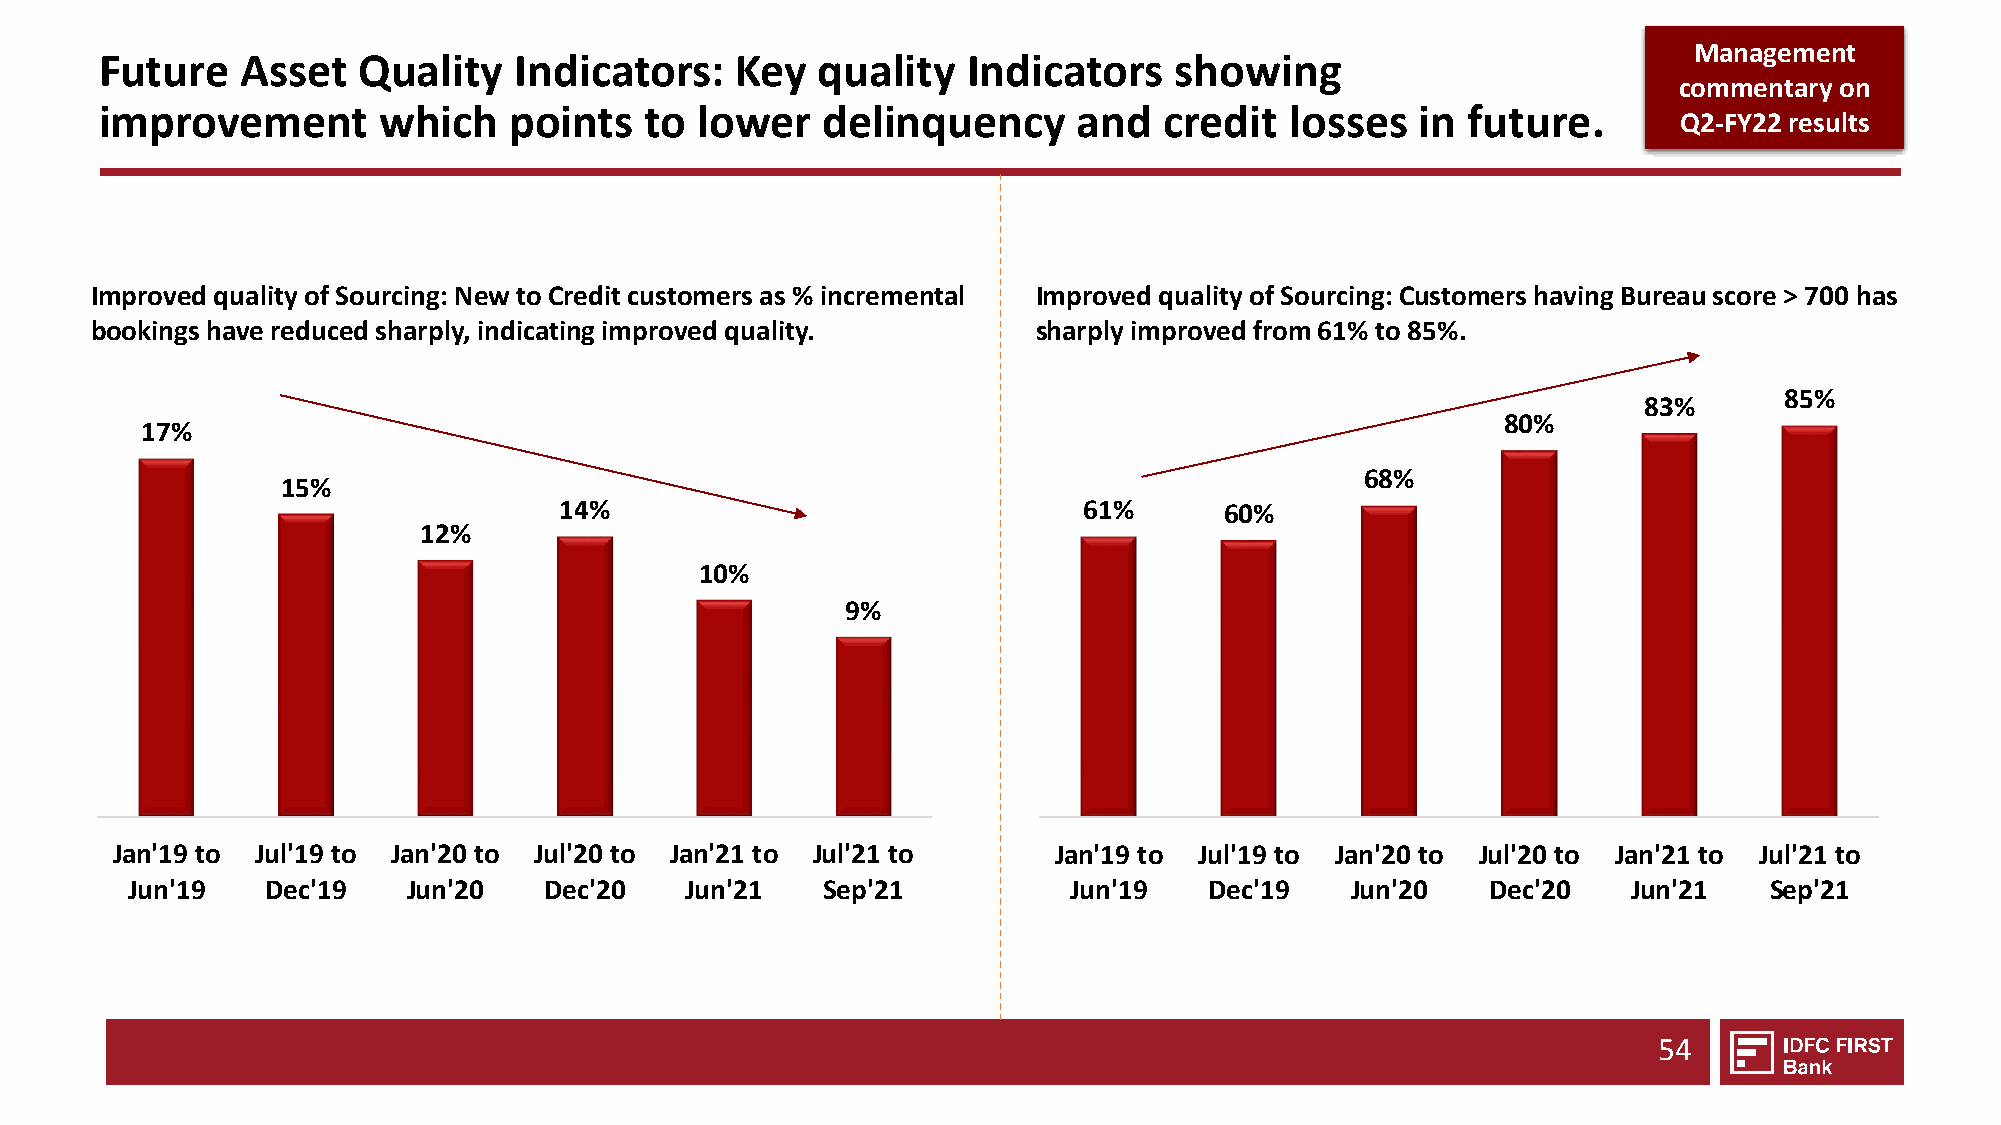
Management
 Future   Asset   Quality   Indicators:    Key  quality   Indicators    showing
 commentary on
 improvement       which    points   to lower   delinquency      and   credit  losses   in future.
 Q2-FY22 results
 Improved quality of Sourcing: New to Credit customers as % incremental Improved quality of Sourcing: Customers having Bureau score > 700 has
 bookings have reduced sharply, indicating improved quality.    sharply improved from 61% to 85%.
 85%
 83%
 80%
 17%
 68%
 15%
 14%                                61%      60%
 12%
 10%
 9%
 Jan'19 to Jul'19 to Jan'20 to Jul'20 to Jan'21 to Jul'21 to    Jan'19 to Jul'19 to Jan'20 to Jul'20 to Jan'21 to Jul'21 to
 Jun'19    Dec'19   Jun'20   Dec'20   Jun'21   Sep'21           Jun'19   Dec'19   Jun'20    Dec'20   Jun'21   Sep'21
 54